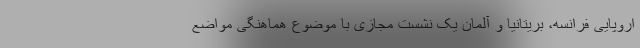
اروپایی فرانسه، بریتانیا و آلمان یک نشست مجازی با موضوع هماهنگی مواضع